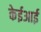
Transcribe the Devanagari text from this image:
केईआई